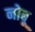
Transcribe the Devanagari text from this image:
नोबू